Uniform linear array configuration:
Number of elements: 24
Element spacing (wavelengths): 0.25
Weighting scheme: cosine
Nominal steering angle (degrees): -60
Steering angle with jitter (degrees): -58.441
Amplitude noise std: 0.05
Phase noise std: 0.05

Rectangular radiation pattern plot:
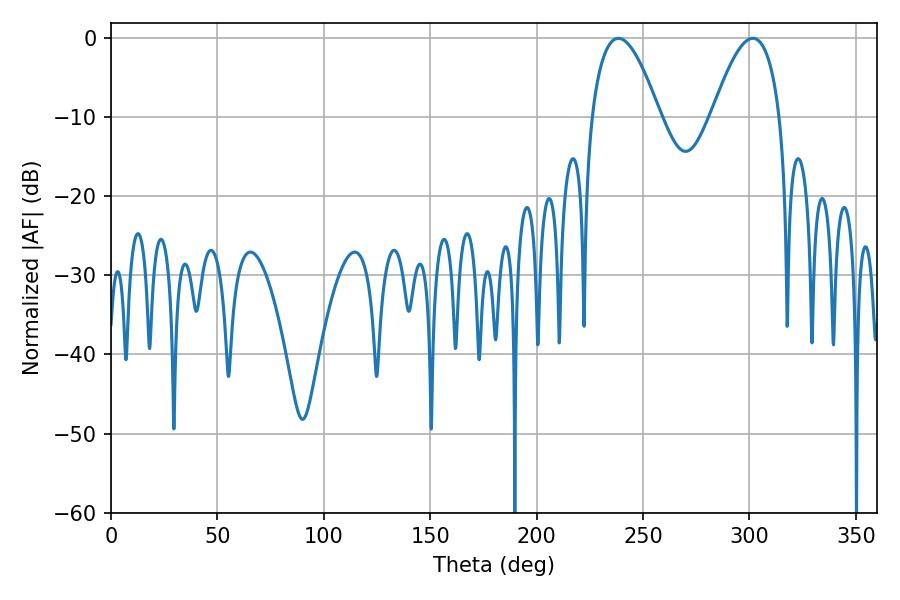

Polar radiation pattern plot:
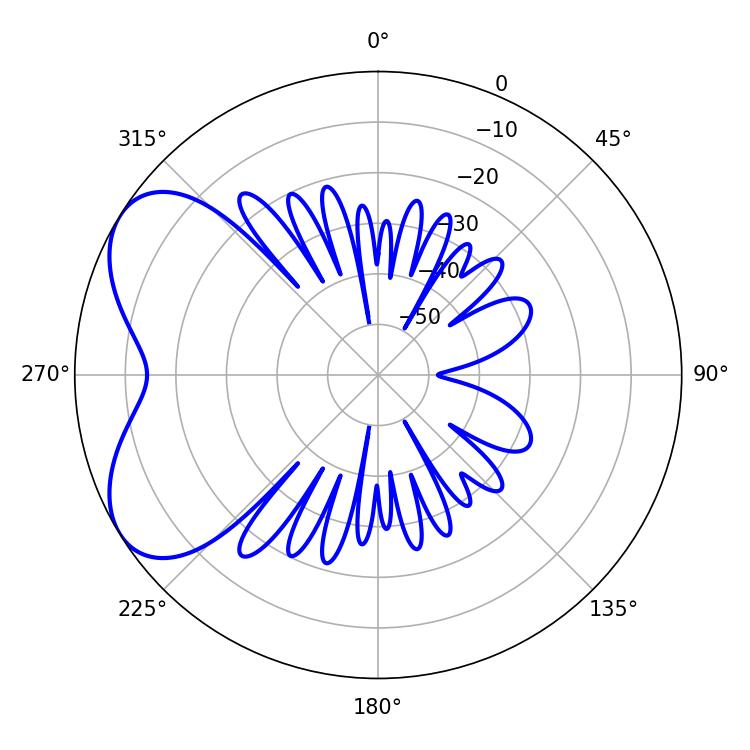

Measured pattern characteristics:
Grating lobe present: FALSE
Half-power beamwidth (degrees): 17.64
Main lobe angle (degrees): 238.5